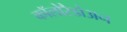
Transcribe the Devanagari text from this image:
कॉलोरैडोअन